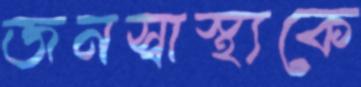
জনস্বাস্থ্যকে